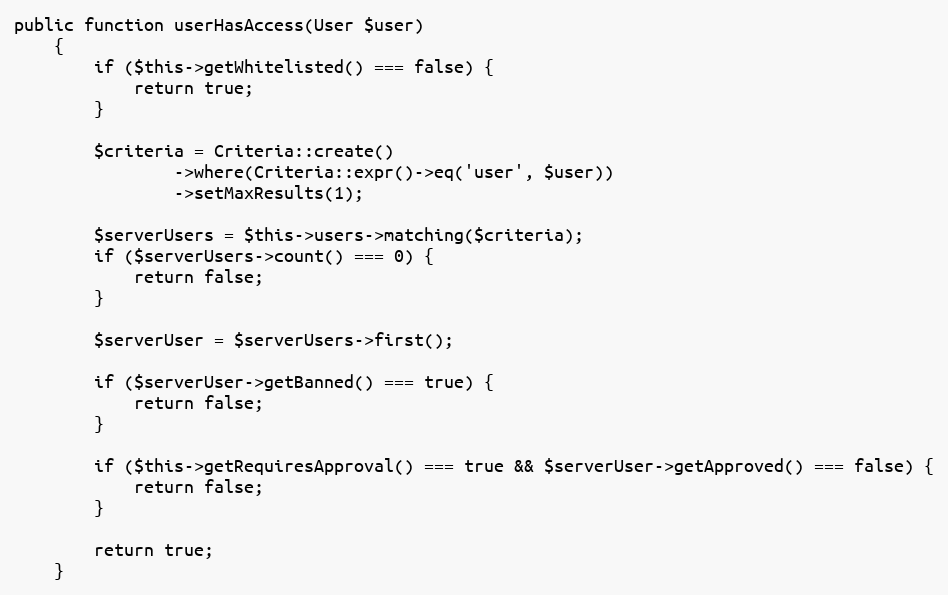
Language: PHP
public function userHasAccess(User $user)
    {
        if ($this->getWhitelisted() === false) {
            return true;
        }

        $criteria = Criteria::create()
                ->where(Criteria::expr()->eq('user', $user))
                ->setMaxResults(1);

        $serverUsers = $this->users->matching($criteria);
        if ($serverUsers->count() === 0) {
            return false;
        }

        $serverUser = $serverUsers->first();

        if ($serverUser->getBanned() === true) {
            return false;
        }

        if ($this->getRequiresApproval() === true && $serverUser->getApproved() === false) {
            return false;
        }

        return true;
    }